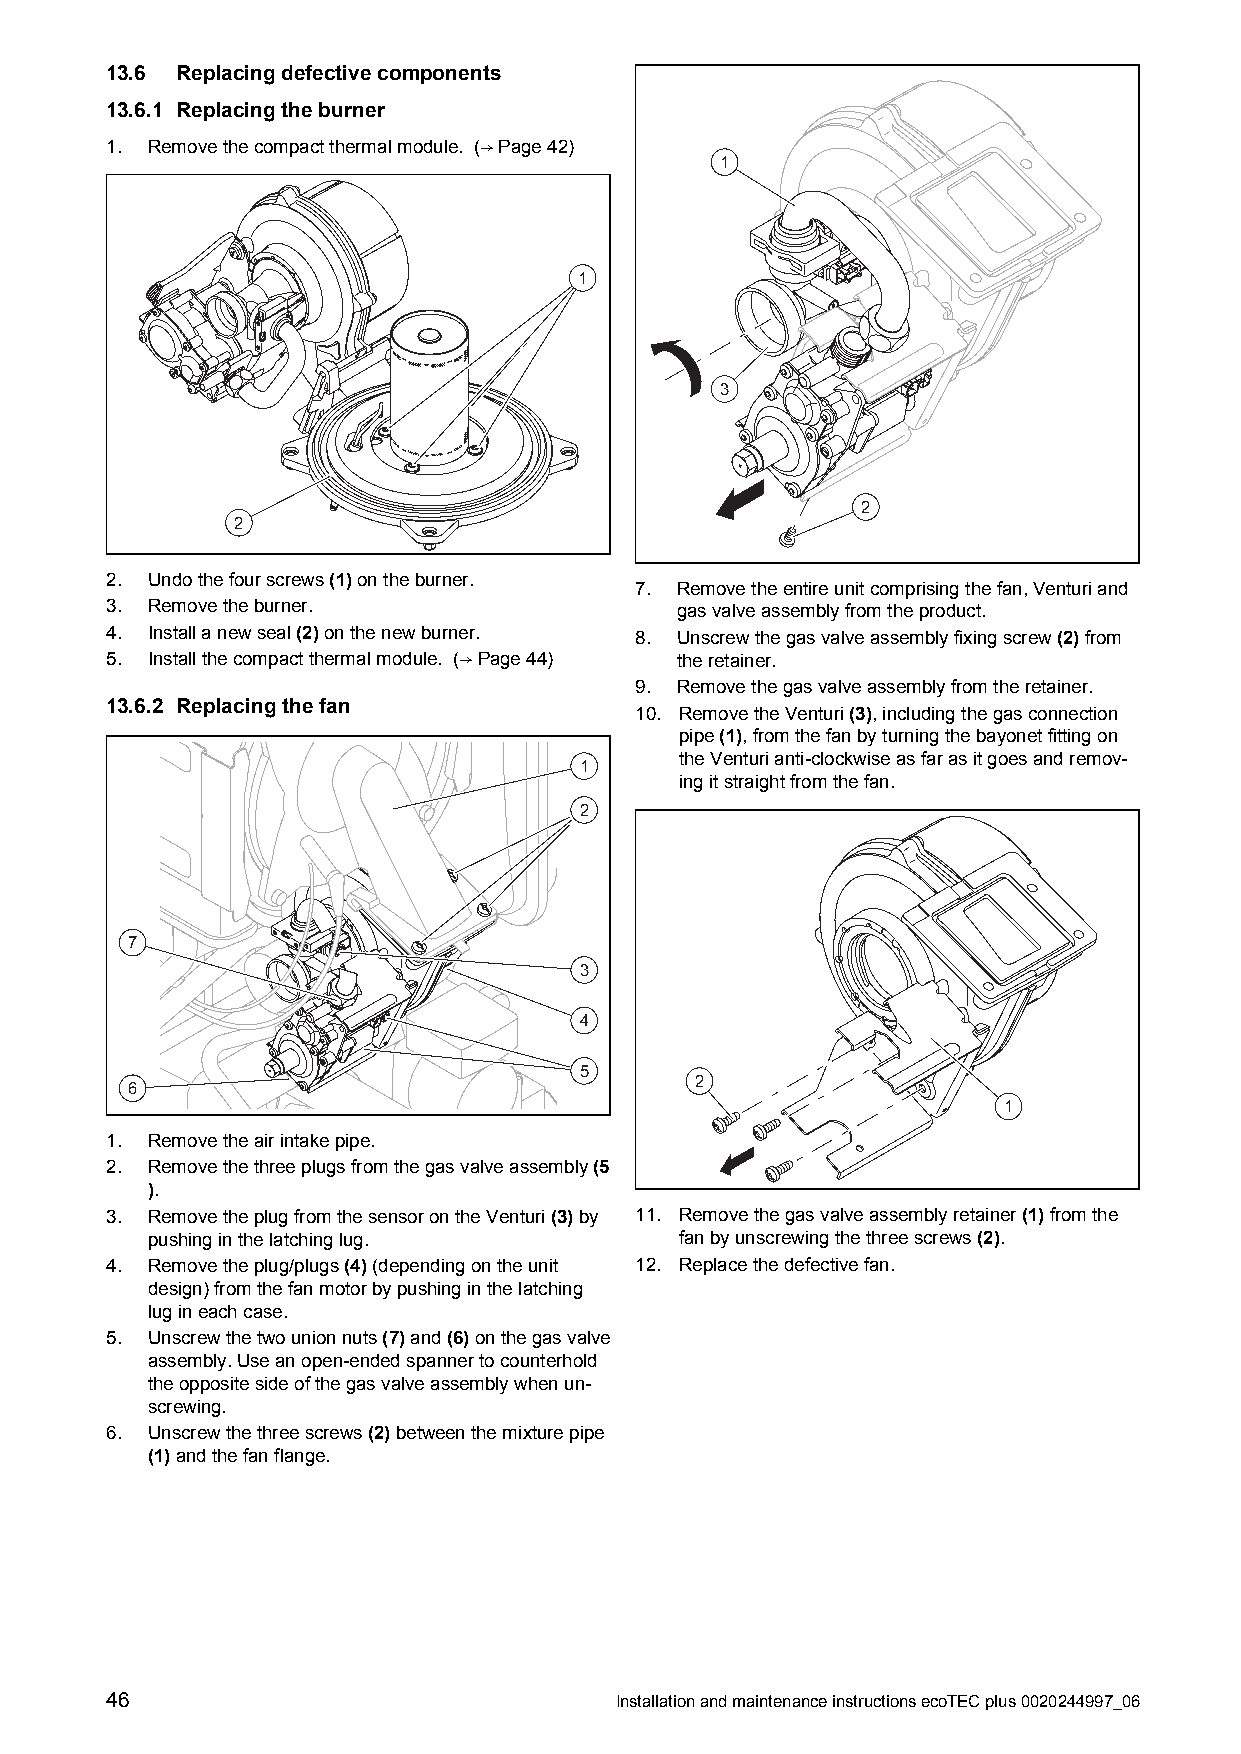
13.6 Replacingdefectivecomponents
 13.6.1 Replacingtheburner
 1. Removethecompactthermalmodule. (→Page42)
 1
 1
 3
 2
 2
 2. Undothefourscrews(1)ontheburner.
 7. Removetheentireunitcomprisingthefan,Venturiand
 3. Removetheburner.                   gasvalveassemblyfromtheproduct.
 4. Installanewseal(2)onthenewburner. 8. Unscrewthegasvalveassemblyfixingscrew(2)from
 5. Installthecompactthermalmodule. (→Page44) theretainer.
 9. Removethegasvalveassemblyfromtheretainer.
 13.6.2 Replacingthefan
 10. RemovetheVenturi(3),includingthegasconnection
 pipe(1),fromthefanbyturningthebayonetfittingon
 1      theVenturianti-clockwiseasfarasitgoesandremov-
 ingitstraightfromthefan.
 2
 7
 3
 4
 5
 2
 6
 1
 1. Removetheairintakepipe.
 2. Removethethreeplugsfromthegasvalveassembly(5
 ).
 3. RemovetheplugfromthesensorontheVenturi(3)by 11. Removethegasvalveassemblyretainer(1)fromthe
 pushinginthelatchinglug.           fanbyunscrewingthethreescrews(2).
 4. Removetheplug/plugs(4)(dependingontheunit 12. Replacethedefectivefan.
 design)fromthefanmotorbypushinginthelatching
 lugineachcase.
 5. Unscrewthetwounionnuts(7)and(6)onthegasvalve
 assembly.Useanopen-endedspannertocounterhold
 theoppositesideofthegasvalveassemblywhenun-
 screwing.
 6. Unscrewthethreescrews(2)betweenthemixturepipe
 (1)andthefanflange.
 46                                InstallationandmaintenanceinstructionsecoTECplus0020244997_06